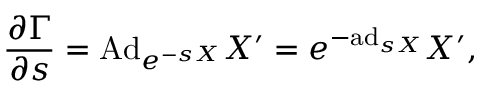
{ \frac { \partial \Gamma } { \partial s } } = \mathrm { A d } _ { e ^ { - s X } } X ^ { \prime } = e ^ { - \mathrm { a d } _ { s X } } X ^ { \prime } ,